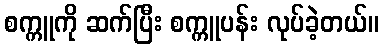
စက္ကူကို ဆက်ပြီး စက္ကူပန်း လုပ်ခဲ့တယ်။